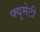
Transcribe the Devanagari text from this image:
फ्युमेटी